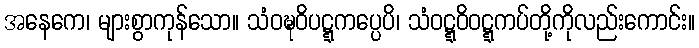
အနေကေ၊ များစွာကုန်သော။ သံဝဍ္ဎဝိပဋ္ဋကပ္ပေပိ၊ သံဝဋ္ဋဝိဝဋ္ဋကပ်တို့ကိုလည်းကောင်း။